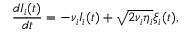
\frac { d I _ { i } ( t ) } { d t } = - \nu _ { i } I _ { i } ( t ) + \sqrt { 2 \nu _ { i } \eta _ { i } } \xi _ { i } ( t ) ,